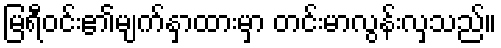
မြရီဝင်း၏မျက်နှာထားမှာ တင်းမာလွန်းလှသည်။